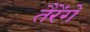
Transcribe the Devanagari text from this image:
तैरेंगे